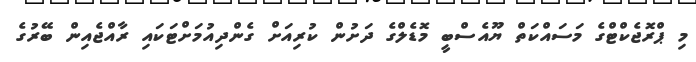
މި ޕްރޮޖެކްޓްގެ މަސައްކަތް ޔޫއެސްބީ މޮޑެލްގެ ދަށުން ކުރިއަށް ގެންދިއުމަށްޓަކައި ރާއްޖެއިން ބޭރުގެ